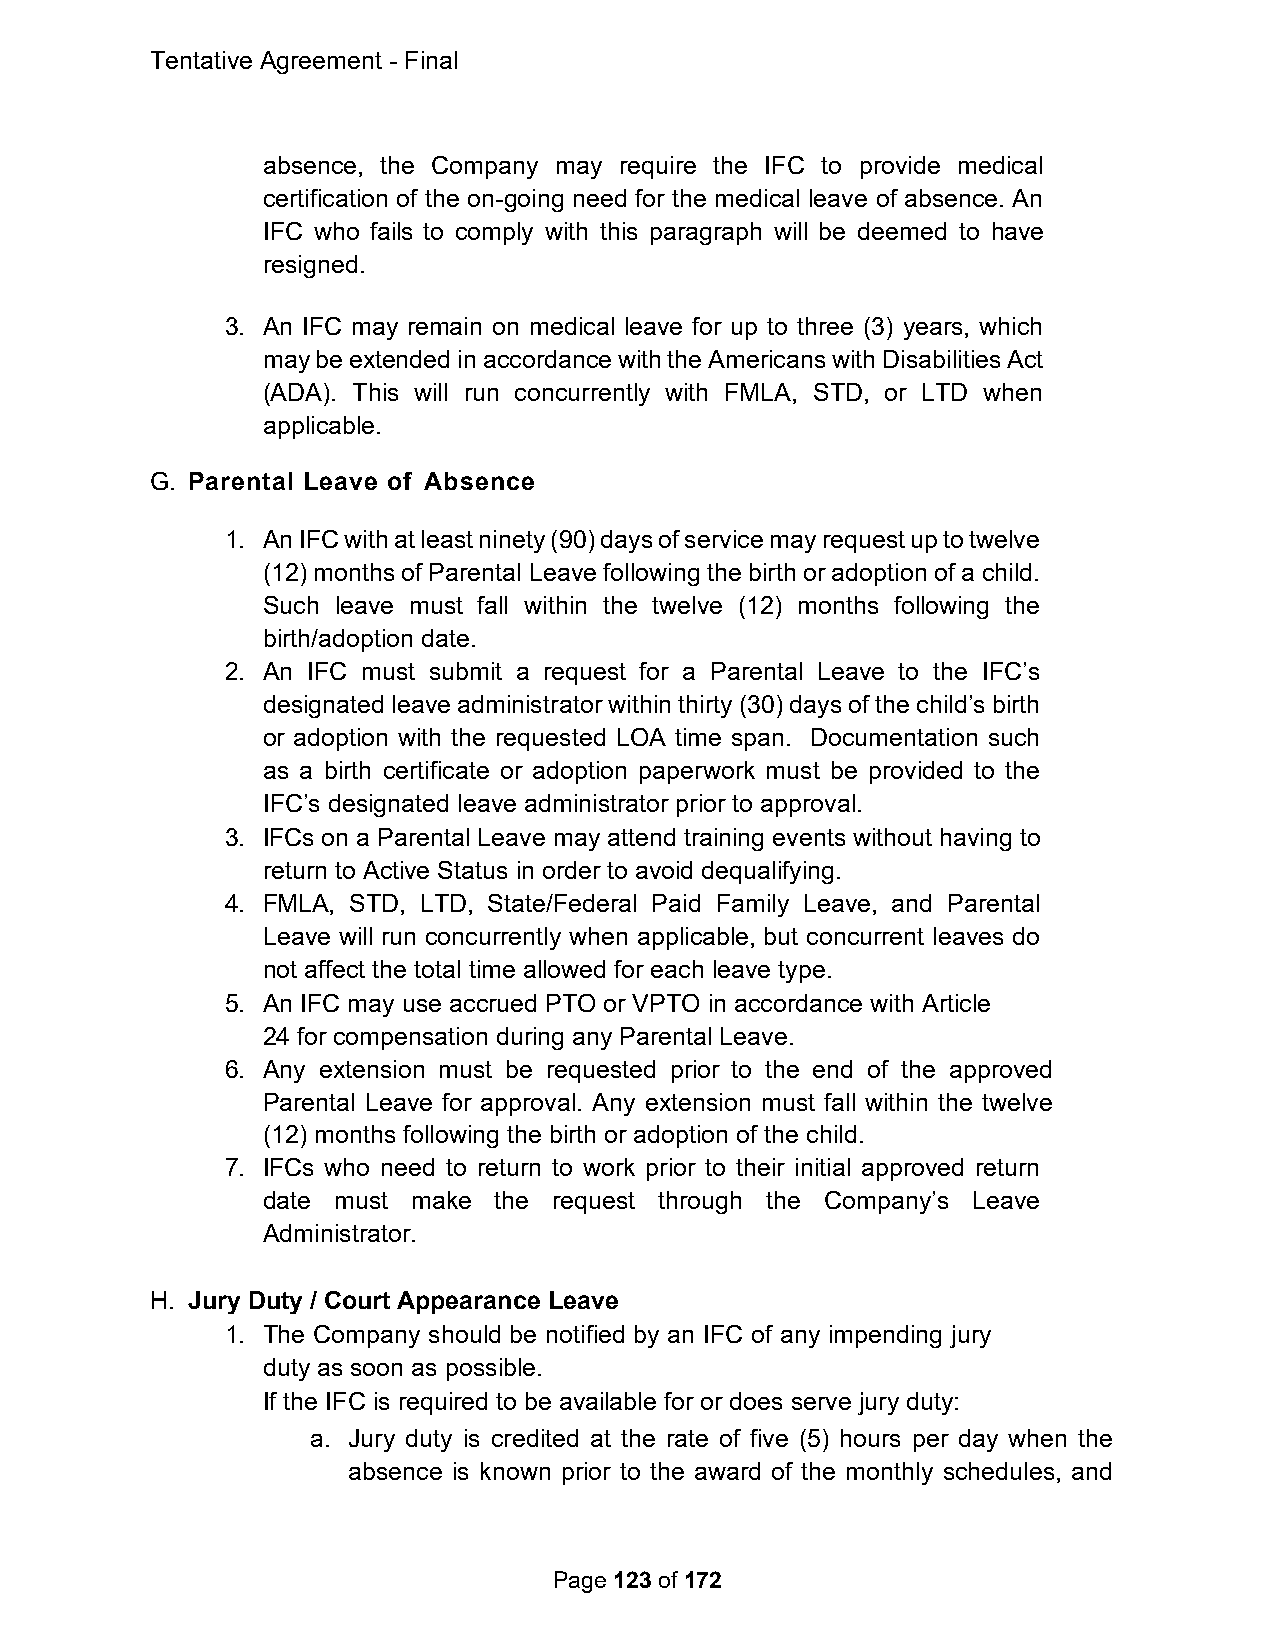
Tentative Agreement - Final
 absence, the Company may require the IFC to provide medical
 certification of the on-going need for the medical leave of absence. An
 IFC who fails to comply with this paragraph will be deemed to have
 resigned.
 3. An IFC may remain on medical leave for up to three (3) years, which
 may be extended in accordance with the Americans with Disabilities Act
 (ADA). This will run concurrently with FMLA, STD, or LTD when
 applicable.
 G. Parental Leave of Absence
 1. An IFC with at least ninety (90) days of service may request up to twelve
 (12) months of Parental Leave following the birth or adoption of a child.
 Such leave must fall within the twelve (12) months following the
 birth/adoption date.
 2. An IFC must submit a request for a Parental Leave to the IFC’s
 designated leave administrator within thirty (30) days of the child’s birth
 or adoption with the requested LOA time span. Documentation such
 as a birth certificate or adoption paperwork must be provided to the
 IFC’s designated leave administrator prior to approval.
 3. IFCs on a Parental Leave may attend training events without having to
 return to Active Status in order to avoid dequalifying.
 4. FMLA, STD, LTD, State/Federal Paid Family Leave, and Parental
 Leave will run concurrently when applicable, but concurrent leaves do
 not affect the total time allowed for each leave type.
 5. An IFC may use accrued PTO or VPTO in accordance with Article
 24 for compensation during any Parental Leave.
 6. Any extension must be requested prior to the end of the approved
 Parental Leave for approval. Any extension must fall within the twelve
 (12) months following the birth or adoption of the child.
 7. IFCs who need to return to work prior to their initial approved return
 date must make  the request through the Company’s Leave
 Administrator.
 H. Jury Duty / Court Appearance Leave
 1. The Company should be notified by an IFC of any impending jury
 duty as soon as possible.
 If the IFC is required to be available for or does serve jury duty:
 a. Jury duty is credited at the rate of five (5) hours per day when the
 absence is known prior to the award of the monthly schedules, and
 Page 123 of 172